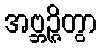
အဗ္ဘဉ္ဇိတွာ